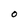
Character: O